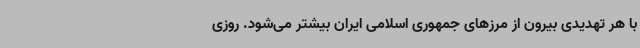
با هر تهدیدی بیرون از مرزهای جمهوری اسلامی ایران بیشتر می‌شود. روزی